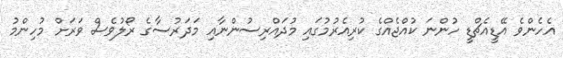
އެހެންވެ އޭޑީއެޗްޑީ ހުންނަ ކުއްޖެއްގެ ކުރިއެރުމުގައި މުދައްރިސުންނާއި މަދަރުސާގެ ރޯލުވެސް ވަރަށް މުހިންމު